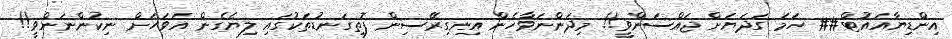
އިންޑިޔާއައުޓް## ހަމަ ގަދަޔަށް ޖައްސަންވީ!! މިދަންނަވާހެން އިނގިރޭސިން ފޮތިގަނޑުތަކުގައި ލިޔެގެން އަވަހަށް ނިކުންނަންވީ!!